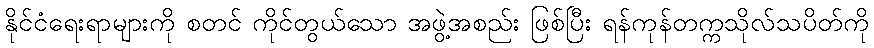
နိုင်ငံရေးရာများကို စတင် ကိုင်တွယ်သော အဖွဲ့အစည်း ဖြစ်ပြီး ရန်ကုန်တက္ကသိုလ်သပိတ်ကို